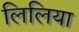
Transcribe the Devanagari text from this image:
लिलिया